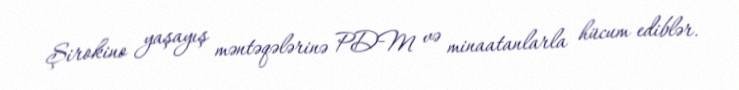
Şirokino yaşayış məntəqələrinə PDM və minaatanlarla hücum ediblər.